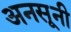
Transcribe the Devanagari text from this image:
अनसूनी